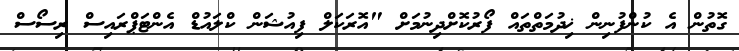
ގޮތުން އެ ކުންފުނިން ޚިދުމަތްތައް ފޯރުކޮށްދިނުމަށް "އޮރަކަލް ފިއުޝަން ކްލައުޑް އެންޓަޕްރައިސް ރިސޯސް